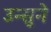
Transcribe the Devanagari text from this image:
उन्सुने